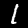
Label: 1